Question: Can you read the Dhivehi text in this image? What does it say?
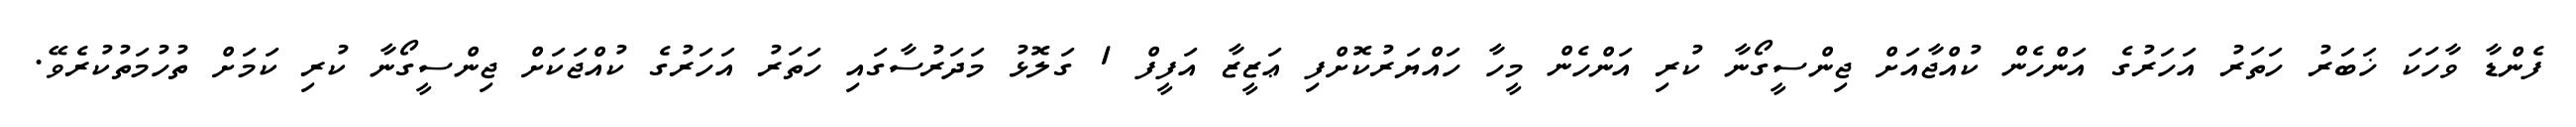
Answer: ފެންޑާ ވާހަކަ ޚަބަރު ހަތަރު އަހަރުގެ އަންހެން ކުއްޖާއަށް ޖިންސީގޯނާ ކުރި އަންހެން މީހާ ހައްޔަރުކޮށްފި ޢަޒީޒާ އަފީފް 1 ގަލޮޅު މަދަރުސާގައި ހަތަރު އަހަރުގެ ކުއްޖަކަށް ޖިންސީގޯނާ ކުރި ކަމަށް ތުހުމަތުކުރެވޭ.